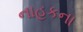
નાહકના